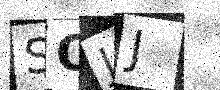
Text: SOJJ